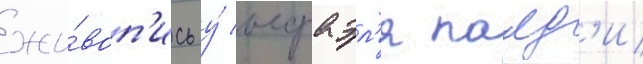
жи́воп'ись у́ исраэл'я палд'и